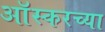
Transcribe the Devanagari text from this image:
आॅस्करच्या